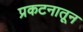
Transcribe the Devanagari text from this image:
प्रकटनातून